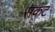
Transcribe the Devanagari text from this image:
सकंट